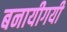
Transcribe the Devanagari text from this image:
बनायीगयी